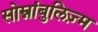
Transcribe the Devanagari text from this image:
सोम्नांबुलिज़्म